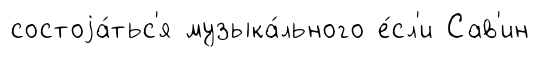
состоjа́тьс'я музыка́льного е́сл'и Сав'ин